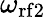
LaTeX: \omega_{\mathrm{{rf}2}}